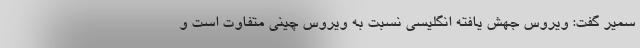
سمیر گفت: ویروس جهش یافته انگلیسی نسبت به ویروس چینی متفاوت است و